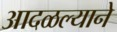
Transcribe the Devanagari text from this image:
आदळल्याने